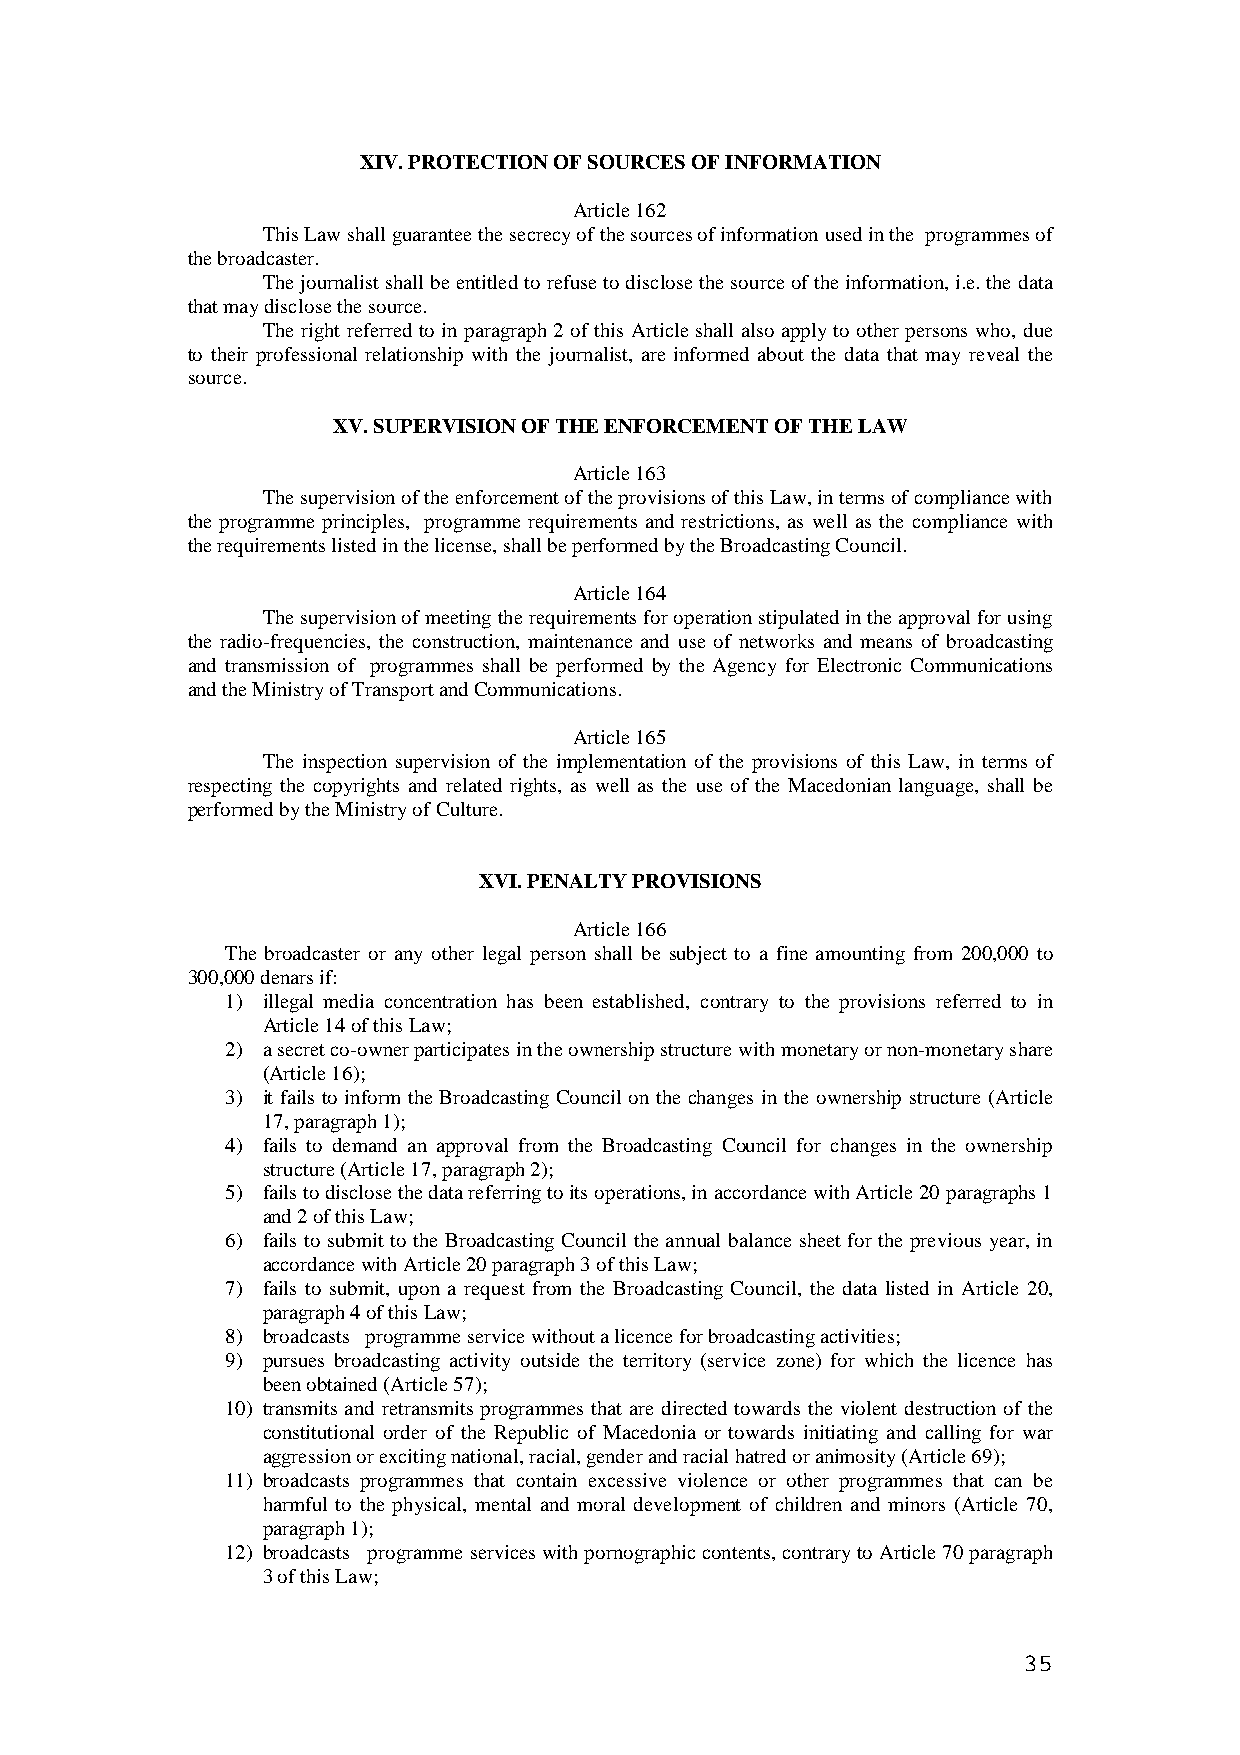
XIV. PROTECTION OF SOURCES OF INFORMATION
 Article 162
 This Law shall guarantee the secrecy of the sources of information used in the programmes of
 the broadcaster.
 The journalist shall be entitled to refuse to disclose the source of the information, i.e. the data
 that may disclose the source.
 The right referred to in paragraph 2 of this Article shall also apply to other persons who, due
 to their professional relationship with the journalist, are informed about the data that may reveal the
 source.
 XV. SUPERVISION OF THE ENFORCEMENT OF THE LAW
 Article 163
 The supervision of the enforcement of the provisions of this Law, in terms of compliance with
 the programme principles, programme requirements and restrictions, as well as the compliance with
 the requirements listed in the license, shall be performed by the Broadcasting Council.
 Article 164
 The supervision of meeting the requirements for operation stipulated in the approval for using
 the radio-frequencies, the construction, maintenance and use of networks and means of broadcasting
 and transmission of programmes shall be performed by the Agency for Electronic Communications
 and the Ministry of Transport and Communications.
 Article 165
 The inspection supervision of the implementation of the provisions of this Law, in terms of
 respecting the copyrights and related rights, as well as the use of the Macedonian language, shall be
 performed by the Ministry of Culture.
 XVI. PENALTY PROVISIONS
 Article 166
 The broadcaster or any other legal person shall be subject to a fine amounting from 200,000 to
 300,000 denars if:
 1) illegal media concentration has been established, contrary to the provisions referred to in
 Article 14 of this Law;
 2) a secret co-owner participates in the ownership structure with monetary or non-monetary share
 (Article 16);
 3) it fails to inform the Broadcasting Council on the changes in the ownership structure (Article
 17, paragraph 1);
 4) fails to demand an approval from the Broadcasting Council for changes in the ownership
 structure (Article 17, paragraph 2);
 5) fails to disclose the data referring to its operations, in accordance with Article 20 paragraphs 1
 and 2 of this Law;
 6) fails to submit to the Broadcasting Council the annual balance sheet for the previous year, in
 accordance with Article 20 paragraph 3 of this Law;
 7) fails to submit, upon a request from the Broadcasting Council, the data listed in Article 20,
 paragraph 4 of this Law;
 8) broadcasts programme service without a licence for broadcasting activities;
 9) pursues broadcasting activity outside the territory (service zone) for which the licence has
 been obtained (Article 57);
 10) transmits and retransmits programmes that are directed towards the violent destruction of the
 constitutional order of the Republic of Macedonia or towards initiating and calling for war
 aggression or exciting national, racial, gender and racial hatred or animosity (Article 69);
 11) broadcasts programmes that contain excessive violence or other programmes that can be
 harmful to the physical, mental and moral development of children and minors (Article 70,
 paragraph 1);
 12) broadcasts programme services with pornographic contents, contrary to Article 70 paragraph
 3 of this Law;
 35